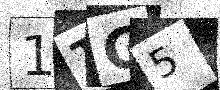
Text: 1TG5